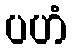
ပဟံ